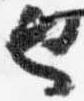
也